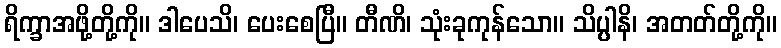
ရိက္ခာအဖို့တို့ကို။ ဒါပေသိ၊ ပေးစေပြီ။ တီဏိ၊ သုံးခုကုန်သော။ သိပ္ပါနိ၊ အတတ်တို့ကို။